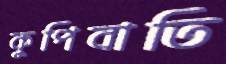
কুপিবাতি